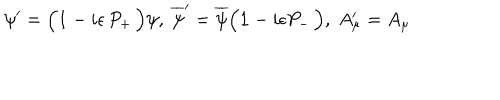
\psi ^ { \prime } = \Big ( { \bf 1 } - i \epsilon \, P _ { + } \, \Big ) \psi , \; { \overline { { \psi } } } ^ { \prime } = { \overline { { \psi } } } \Big ( { \bf 1 } - i \epsilon P _ { - } \, \Big ) , \; A _ { \mu } ^ { \prime } = A _ { \mu }